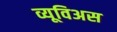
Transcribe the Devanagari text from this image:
व्यूविअस